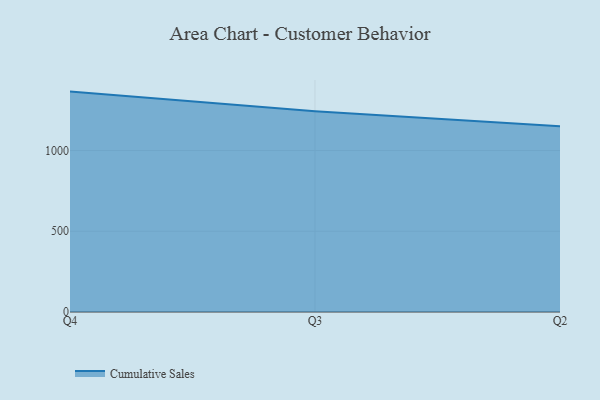
{"axis": {"x": "Quarter", "y": "Page Views"}, "legend": ["Cumulative Sales"], "data": [{"x": "Q4", "y": 1364.9, "type": "Cumulative Sales"}, {"x": "Q3", "y": 1243.8, "type": "Cumulative Sales"}, {"x": "Q2", "y": 1150.5, "type": "Cumulative Sales"}]}